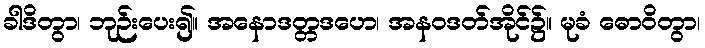
ခါဒိတွာ၊ ဘုဉ်းပေး၍။ အနောဒတ္တဒဟေ၊ အနဝဒတ်အိုင်၌။ မုခံ ဓောဝိတွာ၊